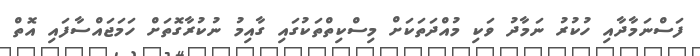
ފަސްނަމާދާއި ހުކުރު ނަމާދު ވަކި މުއްދަތަކަށް މިސްކިތްތަކުގައި ގާއިމު ނުކުރާގޮތަށް ހަމަޖައްސާފައި އޮތް